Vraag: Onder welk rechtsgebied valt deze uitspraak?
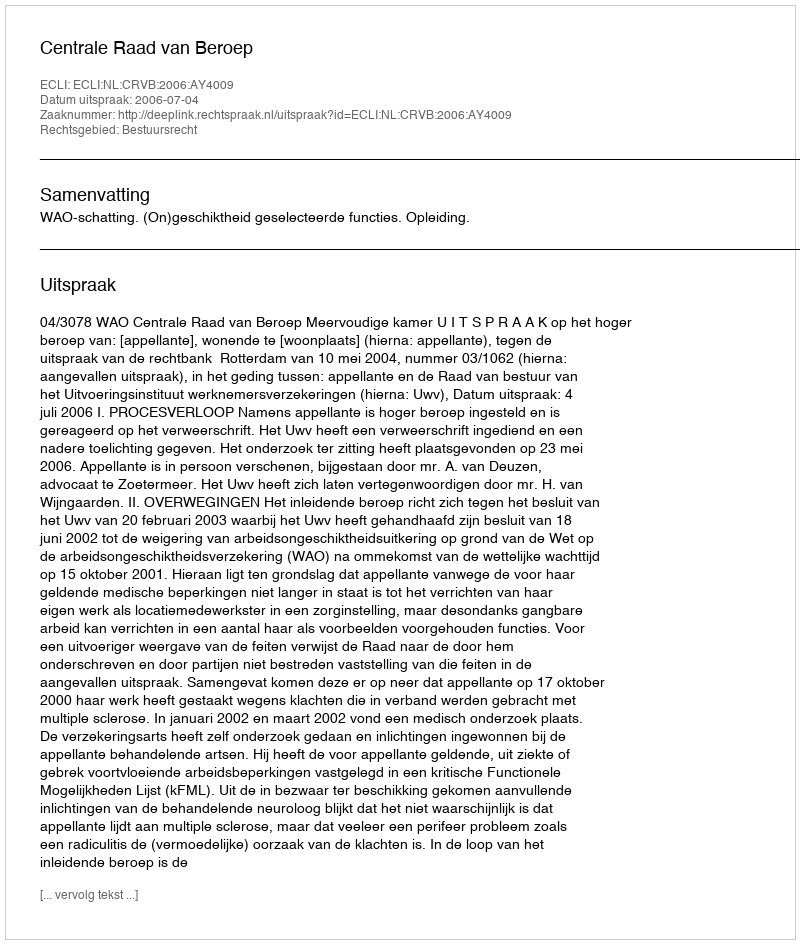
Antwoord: Bestuursrecht